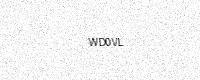
Text: WD0VL